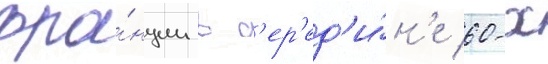
фра́нции в с'ер'ед'и́н'е 60-х